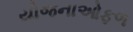
યોજનાઓફળ